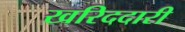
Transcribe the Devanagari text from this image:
खरिददारी